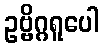
ဥဗ္ဗိဂ္ဂရူပေါ